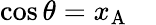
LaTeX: \cos\theta=x_{\mathrm{A}}\quad